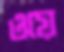
ওয়ে